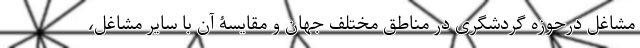
مشاغل درحوزه گردشگری در مناطق مختلف جهان و مقایسۀ آن با سایر مشاغل،